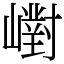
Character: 㠚